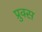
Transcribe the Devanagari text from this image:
प्रुक्स